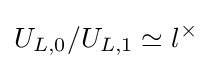
U_{L,0}/U_{L,1}\simeq l^{\times }